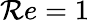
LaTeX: \mathcal{R}e=1